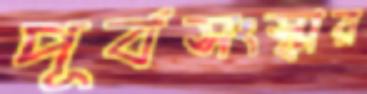
পূর্বসংস্কার